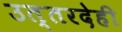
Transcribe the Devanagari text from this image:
उत्तरदेही